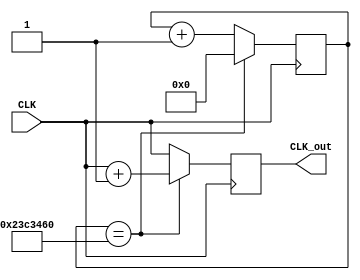
module counter(CLK,CLK_out);
	input CLK;
	output CLK_out;
	reg CLK_out;
	reg [31:0] count;
	always@(posedge CLK)
	begin
		if(count == 32'd37500000)
		begin
			CLK_out <= CLK + 1;
			count <= 0;
		end
		else
		begin
			CLK_out <= CLK;
			count <= count + 32'd1;
		end
	end
endmodule